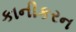
કાનીકરન